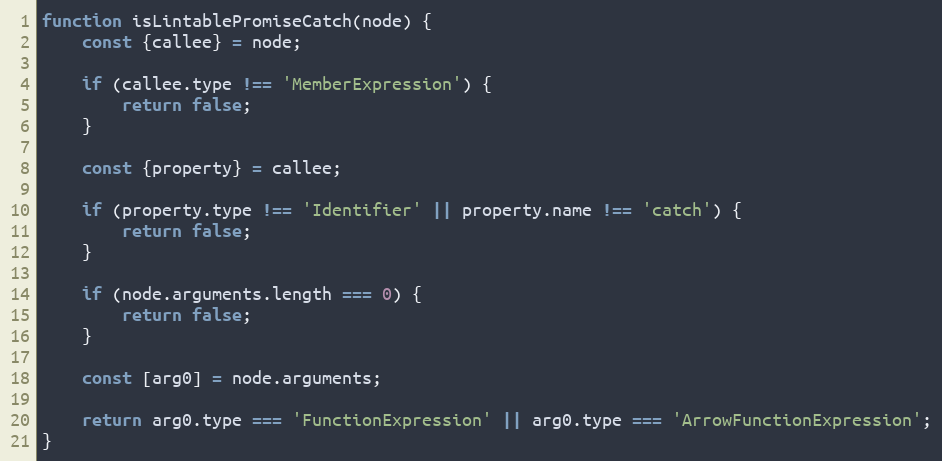
Language: JavaScript
function isLintablePromiseCatch(node) {
	const {callee} = node;

	if (callee.type !== 'MemberExpression') {
		return false;
	}

	const {property} = callee;

	if (property.type !== 'Identifier' || property.name !== 'catch') {
		return false;
	}

	if (node.arguments.length === 0) {
		return false;
	}

	const [arg0] = node.arguments;

	return arg0.type === 'FunctionExpression' || arg0.type === 'ArrowFunctionExpression';
}